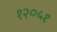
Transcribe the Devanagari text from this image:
१२०५१